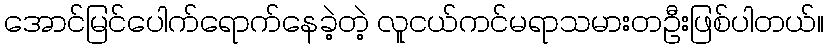
အောင်မြင်ပေါက်ရောက်နေခဲ့တဲ့ လူငယ်ကင်မရာသမားတဦးဖြစ်ပါတယ်။